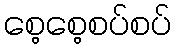
စေ့စေ့စပ်စပ်